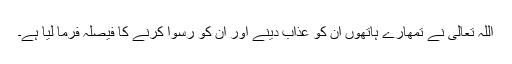
اللہ تعالیٰ نے تمھارے ہاتھوں ان کو عذاب دینے اور ان کو رسوا کرنے کا فیصلہ فرما لیا ہے۔